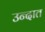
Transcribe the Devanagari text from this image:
उन्दात